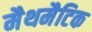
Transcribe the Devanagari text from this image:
मैथमैटिक